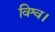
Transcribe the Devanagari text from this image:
विश्व।